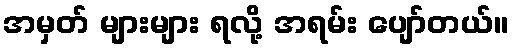
အမှတ် များများ ရလို့ အရမ်း ပျော်တယ်။